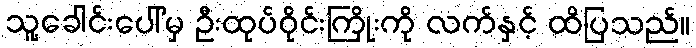
သူ့ခေါင်းပေါ်မှ ဦးထုပ်ဝိုင်းကြိုးကို လက်နှင့် ထိပြသည်။